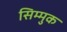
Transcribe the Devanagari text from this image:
सिम्मुक